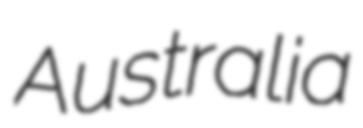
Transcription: Australia